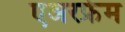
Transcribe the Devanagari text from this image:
एअरफ्रेम